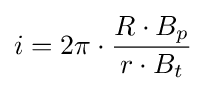
i=2\pi \cdot {\frac {R\cdot B_{p}}{r\cdot B_{t}}}